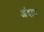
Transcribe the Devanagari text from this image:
अंदाड